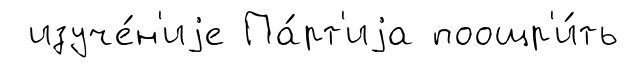
изуче́н'иjе Па́рт'иjа поощр'и́ть